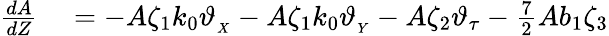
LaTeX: \begin{array}{rl}{\frac{dA}{dZ}}&{{}=-A\zeta_{1}k_{0}\vartheta_{_{X}}-A\zeta_{1}k_{0}\vartheta_{_{Y}}-A\zeta_{2}\vartheta_{\tau}-\frac{7}{2}Ab_{1}\zeta_{3}}\end{array}